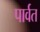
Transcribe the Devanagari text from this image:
पार्वत